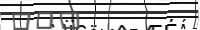
١٤٠